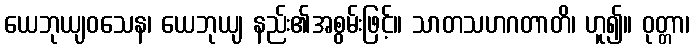
ယေဘုယျဝသေန၊ ယေဘုယျ နည်း၏အစွမ်းဖြင့်။ သာတသဟဂတာတိ၊ ဟူ၍။ ဝုတ္တာ၊